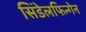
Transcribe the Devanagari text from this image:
सिंडेलफिन्गेन